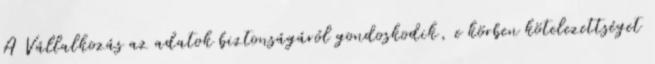
A Vállalkozás az adatok biztonságáról gondoskodik, e körben kötelezettséget